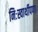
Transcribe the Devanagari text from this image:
निःस्वार्थीपणा